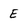
Character: E